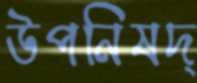
উপনিষদ্‌